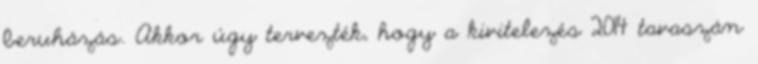
beruházás. Akkor úgy tervezték, hogy a kivitelezés 2014 tavaszán